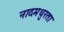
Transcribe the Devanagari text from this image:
नादमधुरता